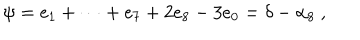
\psi = e _ { 1 } + \dots + e _ { 7 } + 2 e _ { 8 } - 3 e _ { 0 } = \delta - \alpha _ { 8 } \ ,